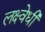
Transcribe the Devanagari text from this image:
लक्ष्वेधी